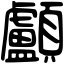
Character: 顱